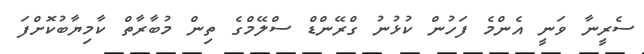
ސެރީނާ ވަނީ އެންމެ ފަހުން ކުޅުނު ގްރޭންޑް ސްލޭމްގެ ތިން މުބާރާތް ކާމިޔާބުކޮށްފަ